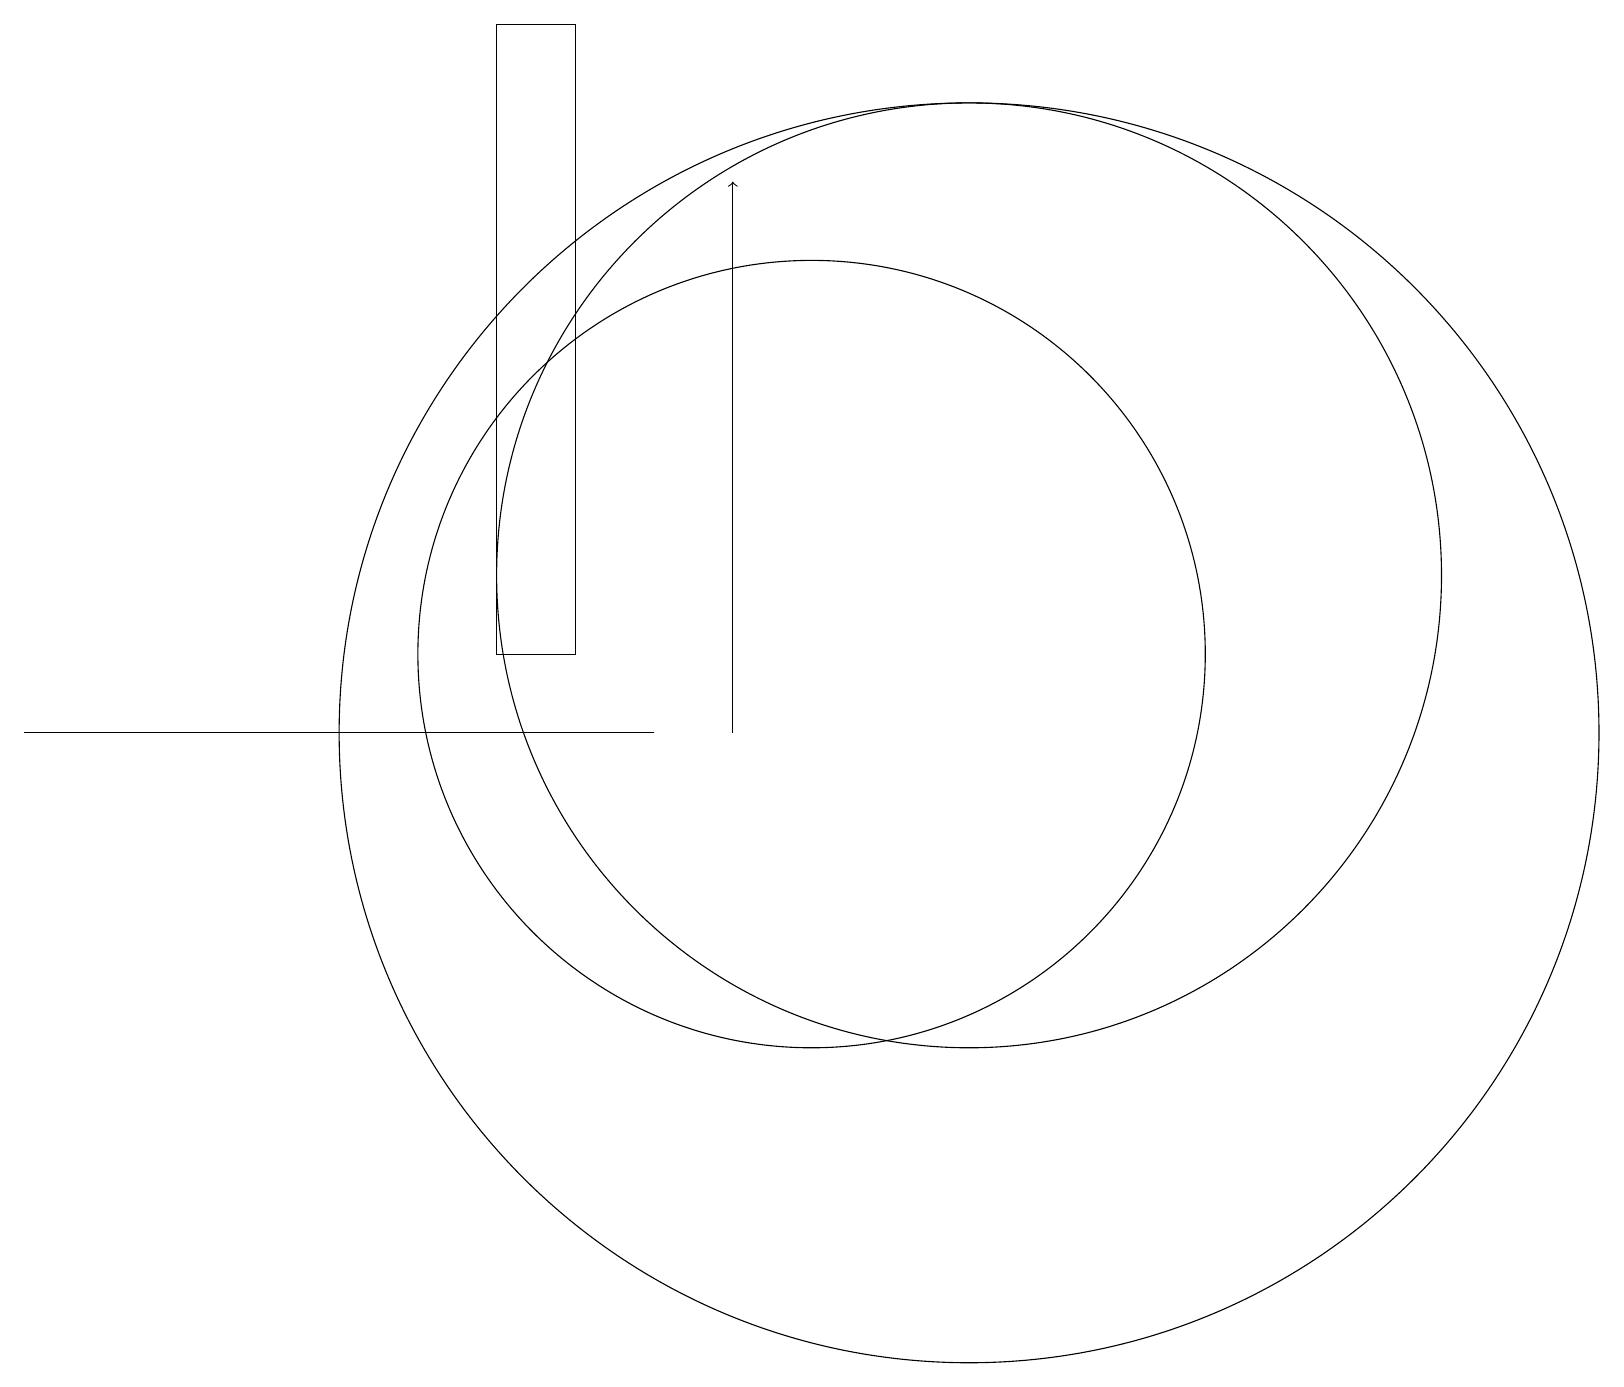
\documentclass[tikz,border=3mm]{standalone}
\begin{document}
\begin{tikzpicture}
\draw (12,12) circle (6);
\draw (0,10) rectangle (8,10);
\draw[->] (9,10) -- (9,17);
\draw (6,11) rectangle (7,19);
\draw (10,11) circle (5);
\draw (12,10) circle (8);
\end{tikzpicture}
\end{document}